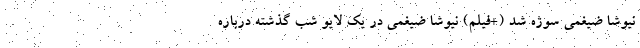
نیوشا ضیغمی سوژه شد (+فیلم) نیوشا ضیغمی در یک لایو شب گذشته درباره